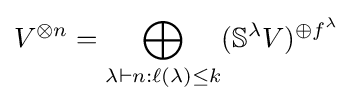
V^{\otimes n}=\bigoplus _{\lambda \vdash n:\ell (\lambda )\leq k}(\mathbb {S} ^{\lambda }V)^{\oplus f^{\lambda }}